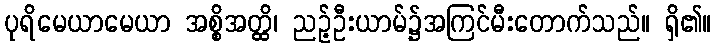
ပုရိမေယာမေယာ အစ္စိအတ္ထိ၊ ညဉ့်ဦးယာမ်၌အကြင်မီးတောက်သည်။ ရှိ၏။